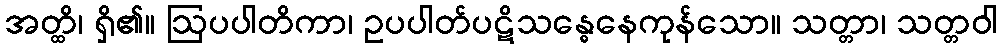
အတ္ထိ၊ ရှိ၏။ ဩပပါတိကာ၊ ဥပပါတ်ပဋိသန္ဓေနေကုန်သော။ သတ္တာ၊ သတ္တဝါ